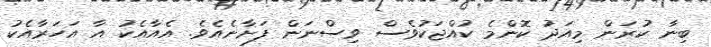
ބިނާ ކުރަން މިއަދު ކޮންމެ ކުއްޖަކުވެސް ވިސްނަން ފަށާނެއެވެ. އެއާއެކު އާ އަހަރާއެކު